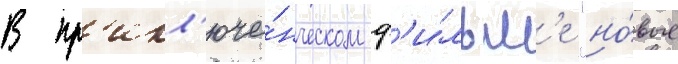
В пр'икл'юче́нческом ф'и́льм'е "но́вые